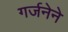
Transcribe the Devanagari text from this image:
गर्जनेने